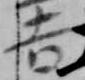
吉